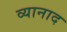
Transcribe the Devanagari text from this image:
व्यानाद